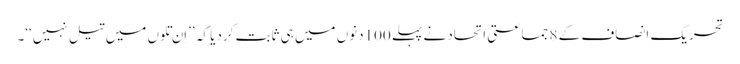
تحریکِ انصاف کے 8 جماعتی اتحاد نے پہلے 100دنوں میں ہی ثابت کردیا کہ ’’اِن تِلوں میں تیل نہیں‘‘۔